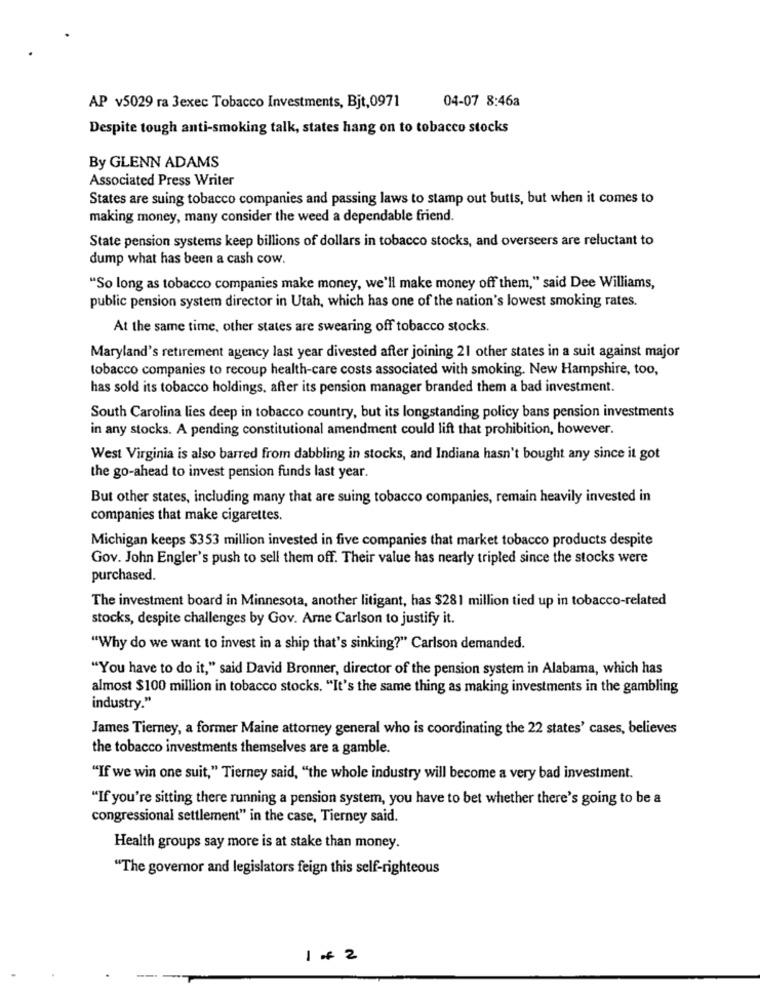
04-07 8:46a
AP v5029 ra 3exec Tobacco Investments, Bjt,0971
Despite tough anti-smoking talk, states hang on to tobacco stocks
By GLENN ADAMS
Associated Press Writer
States are suing tobacco companies and passing laws to stamp out butts, but when it comes to
making money, many consider the weed a dependable friend.
State pension systems keep billions of dollars in tobacco stocks, and overseers are reluctant to
dump what has been a cash cow.
"So long as tobacco companies make money, we'll make money off them," said Dee Williams,
public pension system director in Utah, which has one of the nation's lowest smoking rates.
At the same time, other states are swearing off tobacco stocks.
Maryland's retirement agency last year divested after joining 21 other states in a suit against major
tobacco companies to recoup health-care costs associated with smoking. New Hampshire, too,
has sold its tobacco holdings, after its pension manager branded them a bad investment.
South Carolina lies deep in tobacco country, but its longstanding policy bans pension investments
in any stocks. A pending constitutional amendment could lift that prohibition, however.
West Virginia is also barred from dabbling in stocks, and Indiana hasn't bought any since it got
the go-ahead to invest pension funds last year.
But other states, including many that are suing tobacco companies, remain heavily invested in
companies that make cigarettes.
Michigan keeps $353 million invested in five companies that market tobacco products despite
Gov. John Engler's push to sell them off. Their value has nearly tripled since the stocks were
purchased.
The investment board in Minnesota, another litigant, has $281 million tied up in tobacco-related
stocks, despite challenges by Gov. Arne Carlson to justify it.
"Why do we want to invest in a ship that's sinking?" Carlson demanded.
"You have to do it," said David Bronner, director of the pension system in Alabama, which has
almost $100 million in tobacco stocks. "It's the same thing as making investments in the gambling
industry."
James Tierney, a former Maine attorney general who is coordinating the 22 states' cases, believes
the tobacco investments themselves are a gamble.
"If we win one suit," Tierney said, "the whole industry will become a very bad investment.
"If you're sitting there running a pension system, you have to bet whether there's going to be a
congressional settlement" in the case, Tierney said.
Health groups say more is at stake than money.
"The governor and legislators feign this self-righteous
1 # 2